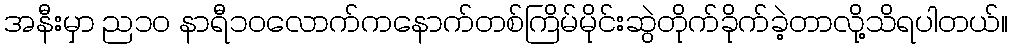
အနီးမှာ ည၁၀ နာရီ၁၀လောက်ကနောက်တစ်ကြိမ်မိုင်းဆွဲတိုက်ခိုက်ခဲ့တာလို့သိရပါတယ်။